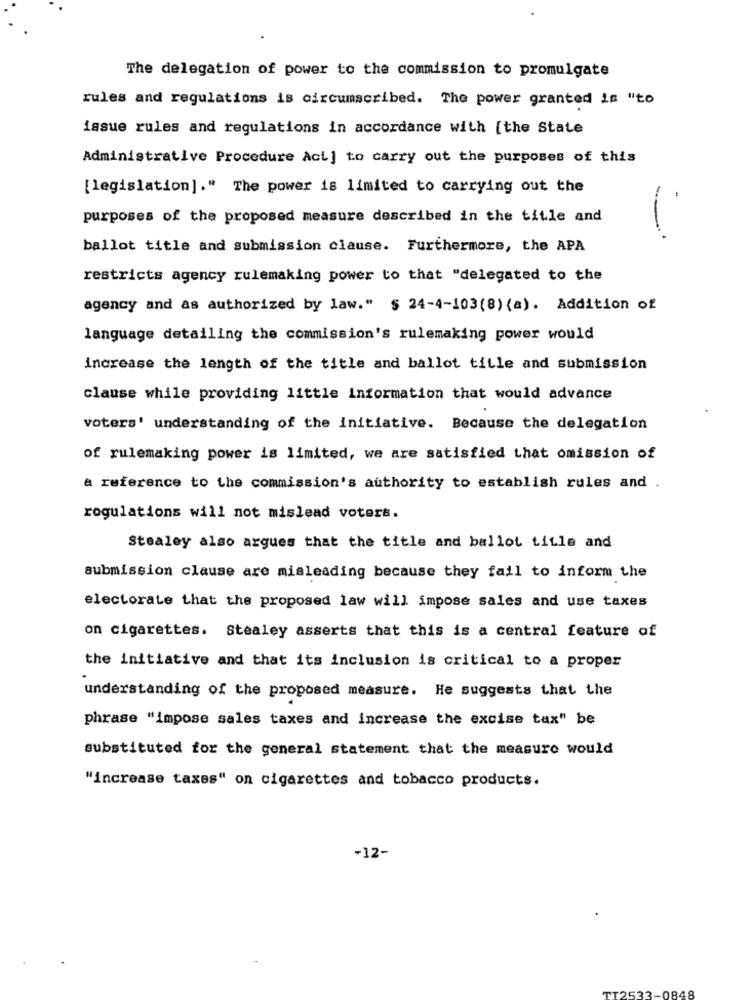
The delegation of power to the commission to promulgate
rules and regulations is circumscribed. The power granted is "to
issue rules and regulations in accordance with [the State
Administrative Procedure Act ] to carry out the purposes of this
[legislation]." The power is limited to carrying out the
purposes of the proposed measure described in the title and
-
ballot title and submission clause. Furthermore, the APA
restricts agency rulemaking power to that "delegated to the
agency and as authorized by law." § 24-4-103(8) (a). Addition of
language detailing the commission's rulemaking power would
increase the length of the title and ballot title and submission
clause while providing little information that would advance
voters' understanding of the initiative. Because the delegation
of rulemaking power is limited, we are satisfied that omission of
a reference to the commission's authority to establish rules and .
rogulations will not mislead voters.
Stealey also argues that the title and ballot title and
submission clause are misleading because they fail to inform the
electorate that the proposed law will impose sales and use taxes
on cigarettes. Stealey asserts that this is a central feature of
the initiative and that its inclusion is critical to a proper
understanding of the proposed measure. He suggests that the
phrase "impose sales taxes and increase the excise tax" be
substituted for the general statement that the measure would
"increase taxes" on cigarettes and tobacco products.
-12-
0848